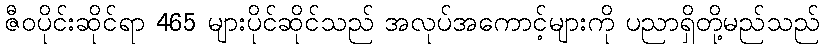
ဇီဝပိုင်းဆိုင်ရာ 465 များပိုင်ဆိုင်သည် အလုပ်အကောင့်များကို ပညာရှိတို့မည်သည်